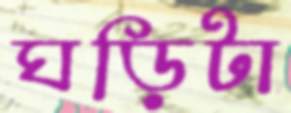
ঘড়িটা